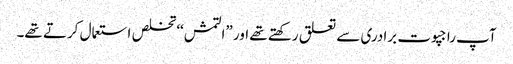
آپ راجپوت برادری سے تعلق رکھتے تھے اور ”التمش‘‘ تخلص استعمال کرتے تھے۔